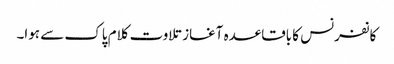
کانفرنس کا باقاعدہ آغاز تلاوت کلام پاک سے ہوا۔